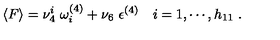
\langle F \rangle = \nu _ { 4 } ^ { i } \ \omega _ { i } ^ { ( 4 ) } + \nu _ { 6 } \ { \epsilon } ^ { ( 4 ) } \quad i = 1 , \cdots , h _ { 1 1 } \ .